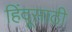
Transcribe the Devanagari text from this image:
हिंदूसाठी